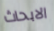
الابحاث